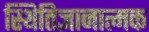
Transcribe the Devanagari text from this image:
स्थितिज्ञानात्मक